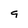
Character: 9